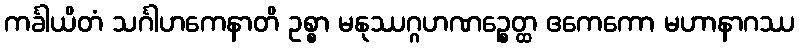
ကင်္ခါယိတံ သင်္ဂါဟကေနာတိ ဥစ္စာ မနုဿဂ္ဂဟဏဉ္စေတ္ထ ဧကေကော မဟာနာဂဿ